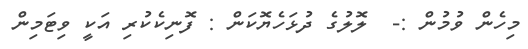
މިހެން ވުމުން :-  ލޮލުގެ ދުޅަހެޔޮކަން : ފޮނިކެކުރި އަކީ ވިޓަމިން